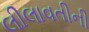
લીલાવતીની